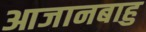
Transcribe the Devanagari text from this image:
आजानबाहु